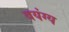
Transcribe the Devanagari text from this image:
वयंग्य